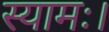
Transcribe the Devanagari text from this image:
स्यामः।